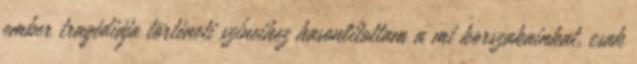
ember tragédiája történeti színeihez hasonlítottam a mi korszakainkat, csak